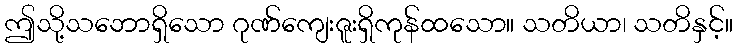
ဤသို့သဘောရှိသော ဂုဏ်ကျေးဇူးရှိကုန်ထသော။ သတိယာ၊ သတိနှင့်။